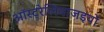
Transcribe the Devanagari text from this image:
ऑस्ट्रेलियाजइयों